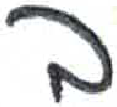
אות: ב